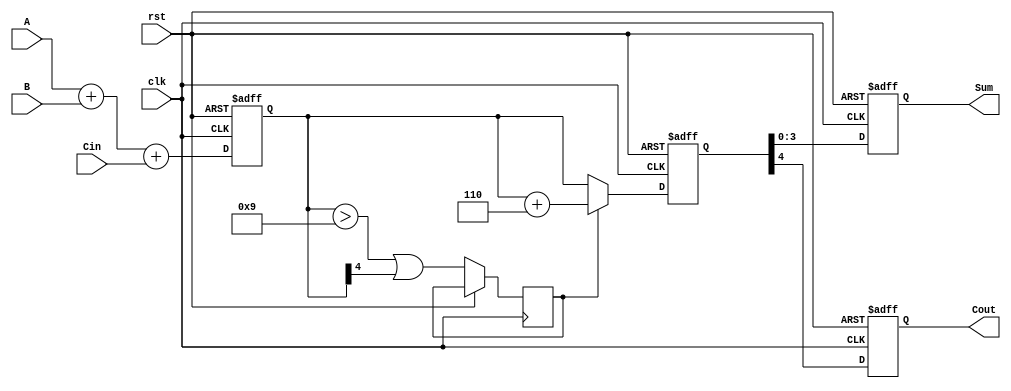
module BCD_Pipelined_Adder (
    input wire [3:0] A,         // BCD input A
    input wire [3:0] B,         // BCD input B
    input wire Cin,             // Carry input
    input wire clk,             // Clock signal
    input wire rst,             // Reset signal
    output reg [3:0] Sum,       // Corrected BCD result
    output reg Cout             // Carry output
);

    // Intermediate signals
    reg [4:0] sum_stage1;       // Sum output from Stage 1 (5 bits for overflow)
    reg [4:0] corrected_sum;     // Corrected sum output from Stage 2
    reg correction_needed;       // Flag for correction needed

    // Stage 1: BCD Addition
    always @(posedge clk or posedge rst) begin
        if (rst) begin
            sum_stage1 <= 5'b0;
        end else begin
            sum_stage1 <= A + B + Cin; // Perform BCD addition
        end
    end

    // Stage 2: BCD Correction Logic
    always @(posedge clk or posedge rst) begin
        if (rst) begin
            corrected_sum <= 5'b0;
            Cout <= 1'b0;
            Sum <= 4'b0;
        end else begin
            // Check if correction is needed
            correction_needed <= (sum_stage1 > 5'b01001) || (sum_stage1[4] == 1'b1);
            if (correction_needed) begin
                corrected_sum <= sum_stage1 + 5'b00110; // Add correction factor of 6
            end else begin
                corrected_sum <= sum_stage1; // No correction needed
            end
            
            // Assign outputs
            Sum <= corrected_sum[3:0]; // Take the lower 4 bits as the corrected sum
            Cout <= corrected_sum[4];   // The 5th bit is the carry out
        end
    end

endmodule